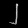
Digit: ၂